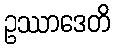
ဥဿာဒေတိ